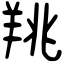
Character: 䍮